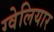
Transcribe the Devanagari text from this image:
ग्वेलियार